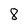
Character: 8